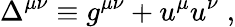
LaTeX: \Delta^{\mu\nu}\equiv g^{\mu\nu}+u^{\mu}u^{\nu}\; ,